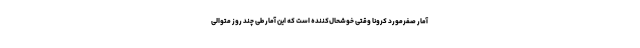
آمار صفرمورد کرونا وقتی خوشحال‌کننده است که این آمار طی چند روز متوالی